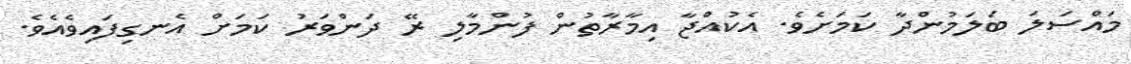
މައްސަލަ ބަލަމުންދާ ކަމަށެވެ. އެކުއްޖާ އިމާރާތުން ފުންމާލި ރޭ ދަންވަރު ކަމަށް އެނގިފައިވެއެވެ.